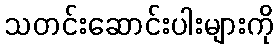
သတင်းဆောင်းပါးများကို